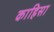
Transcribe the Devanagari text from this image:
काहिसा